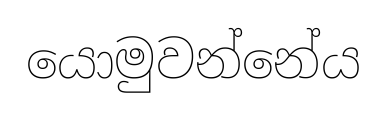
යොමුවන්නේය